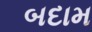
બદામ